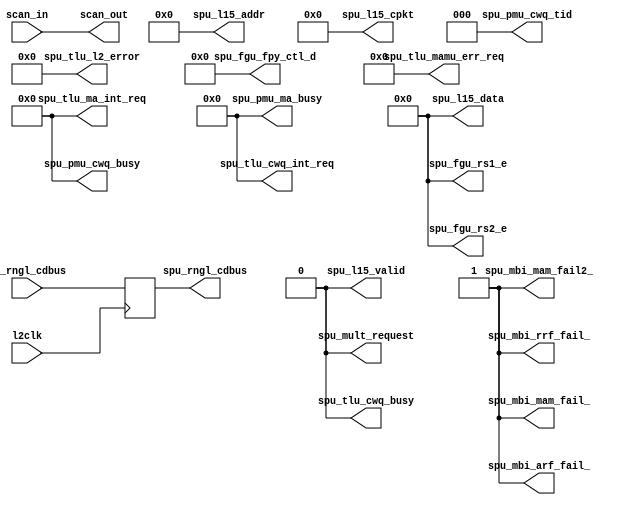
// ========== Copyright Header Begin ==========================================
// 
// OpenSPARC T2 Processor File: spu.v
// Copyright (C) 1995-2007 Sun Microsystems, Inc. All Rights Reserved
// 4150 Network Circle, Santa Clara, California 95054, U.S.A.
//
// * DO NOT ALTER OR REMOVE COPYRIGHT NOTICES OR THIS FILE HEADER. 
//
// This program is free software; you can redistribute it and/or modify
// it under the terms of the GNU General Public License as published by
// the Free Software Foundation; version 2 of the License.
//
// This program is distributed in the hope that it will be useful,
// but WITHOUT ANY WARRANTY; without even the implied warranty of
// MERCHANTABILITY or FITNESS FOR A PARTICULAR PURPOSE.  See the
// GNU General Public License for more details.
//
// You should have received a copy of the GNU General Public License
// along with this program; if not, write to the Free Software
// Foundation, Inc., 59 Temple Place, Suite 330, Boston, MA  02111-1307  USA
// 
// For the avoidance of doubt, and except that if any non-GPL license 
// choice is available it will apply instead, Sun elects to use only 
// the General Public License version 2 (GPLv2) at this time for any 
// software where a choice of GPL license versions is made 
// available with the language indicating that GPLv2 or any later version 
// may be used, or where a choice of which version of the GPL is applied is 
// otherwise unspecified. 
//
// Please contact Sun Microsystems, Inc., 4150 Network Circle, Santa Clara, 
// CA 95054 USA or visit www.sun.com if you need additional information or 
// have any questions. 
// 
// ========== Copyright Header End ============================================
module spu (
  scan_in, 
  scan_out, 
  l2clk,
  in_rngl_cdbus, 

  spu_mbi_mam_fail_, 
  spu_mbi_mam_fail2_, 
  spu_mbi_arf_fail_, 
  spu_mbi_rrf_fail_, 
  spu_rngl_cdbus, 
  spu_l15_valid, 
  spu_l15_addr, 
  spu_l15_cpkt, 
  spu_l15_data, 
  spu_mult_request, 
  spu_fgu_rs1_e, 
  spu_fgu_rs2_e, 
  spu_fgu_fpy_ctl_d, 
  spu_pmu_cwq_busy, 
  spu_pmu_cwq_tid, 
  spu_pmu_ma_busy, 
  spu_tlu_cwq_busy, 
  spu_tlu_cwq_int_req, 
  spu_tlu_ma_int_req, 
  spu_tlu_mamu_err_req, 
  spu_tlu_l2_error);

input 		scan_in;
output		scan_out;
input		l2clk;

input  [64:0]	in_rngl_cdbus;			// ASI Ring
						//   64:0, 65 bit control/data bus coming from the ring
						//   64    - ctl/data            
						//   63    - valid/hole          
						//   62    - ack            
						//   61:60 - 00-ASI, 01-ASR, 10-PR, 11-HPR          
						//   59    - rd/wrx              
						//   58:56 - Thread ID           
						//   55:48 - ASI field           
						//   47:0  - Virtual Address    

output		spu_mbi_mam_fail_; 		// MBIST MAM comparator output bits 63:0
output		spu_mbi_mam_fail2_; 		// MBIST MAM comparator output bits 71:64
output		spu_mbi_arf_fail_;		// MBIST ARF comparator
output		spu_mbi_rrf_fail_;		// MBIST RRF comparator

output [64:0]	spu_rngl_cdbus;			// ASI Ring

output		spu_l15_valid;			// To L1.5 : Valid Control/Data
output [38:3]	spu_l15_addr;			// To L1.5 : Address
output [12:0]	spu_l15_cpkt;			// To L1.5 : Control portion of PCX packet
output [63:0]	spu_l15_data;			// To L1.5 : Store data

output		spu_mult_request;		// To FGU  : Multiply Request
output [63:0]	spu_fgu_rs1_e;			// To FGU  : Multiply RS1
output [63:0]	spu_fgu_rs2_e;			// To FGU  : Multiply RS2
output [6:0]	spu_fgu_fpy_ctl_d;		// To FGU  : SPU control bus for crypto multiply ops

output [4:0]	spu_pmu_cwq_busy;		// To PMU  : CWQ busy {rc4,hash,des,crc,aes}
output [2:0]	spu_pmu_cwq_tid;		// To PMU  : CWQ tid
output [3:0]	spu_pmu_ma_busy;		// To PMU  : Ma  busy

output		spu_tlu_cwq_busy;		// To TLU  : Prevents core from parking
output [3:0]	spu_tlu_cwq_int_req;		// To TLU  : [3] == valid; [2:0] == TID;
output [4:0]	spu_tlu_ma_int_req;		// To TLU  : Int req when MA op completes {4 -  error; 3 - req valid; 2:0 - TID}
output [10:0]	spu_tlu_mamu_err_req;		// was: 14 - valid; 13:11 - TID; 10 - ma port; 9:8 - syndrome; 7:0 - MA index
						// now: share 14..11 with tlu_ma_int_req; bits 10:0 stay the same
output [5:0]	spu_tlu_l2_error;		// To TLU  : L2 Error reporting : {MAL2C,MAL2U,MAL2ND,CWQL2C,CWQL2U,CWQL2ND}


//----- this module is blackboxed.

   assign 	scan_out = scan_in;        // SCAN
   
   assign 	spu_mbi_arf_fail_=1'b1;    // MBIST
   assign 	spu_mbi_mam_fail2_=1'b1;   // MBIST
   assign 	spu_mbi_mam_fail_=1'b1;    // MBIST
   assign 	spu_mbi_rrf_fail_=1'b1;    // MBIST
   
   reg [64:0] 	in_rngl_cdbus_d1;          // ASI ring
   reg [64:0] 	in_rngl_cdbus_d2;          // ASI ring

//nasim
`ifdef OPENSPARC_CMP
   reg l2clk_nba;
   always @(l2clk) l2clk_nba <= l2clk;
   always @(l2clk_nba)
`else
   always @(posedge l2clk)
`endif
     begin
	in_rngl_cdbus_d1=in_rngl_cdbus;
	in_rngl_cdbus_d2=in_rngl_cdbus_d1;
     end	

   assign spu_rngl_cdbus=in_rngl_cdbus_d2; // ASI ring

   assign spu_mult_request=1'b0;	// To FGU  : Multiply Request
   assign spu_fgu_rs1_e=64'b0;	 	// To FGU  : Multiply RS1
   assign spu_fgu_rs2_e=64'b0;	 	// To FGU  : Multiply RS2
   assign spu_fgu_fpy_ctl_d=7'b0;	// To FGU  : SPU control bus for crypto multiply ops

   assign spu_l15_valid=1'b0;		// To L1.5 : Valid Control/Data
   assign spu_l15_addr[38:3] =36'b0;		// To L1.5 : Address
   assign spu_l15_data=64'b0;		// To L1.5 : Store data
   assign spu_l15_cpkt=13'b0;		// To L1.5 : Control portion of PCX packet
   
   assign spu_pmu_cwq_tid=3'b0;		// To PMU  : CWQ tid
   assign spu_pmu_ma_busy=4'b0;		// To PMU  : Ma  busy
   assign spu_pmu_cwq_busy=5'b0;	// To PMU  : CWQ busy {rc4,hash,des,crc,aes}

   assign spu_tlu_cwq_busy=1'b0;	// To TLU  : Prevents core from parking
   assign spu_tlu_mamu_err_req=11'b0;	// was: 14 - valid; 13:11 - TID; 10 - ma port; 9:8 - syndrome; 7:0 - MA index
   assign spu_tlu_cwq_int_req=4'b0;	// To TLU  : [3] == valid; [2:0] == TID;
   assign spu_tlu_ma_int_req=5'b0;	// To TLU  : Int req when MA op completes {4 -  error; 3 - req valid; 2:0 - TID}
   assign spu_tlu_l2_error=6'b0;	// To TLU  : L2 Error reporting : {MAL2C,MAL2U,MAL2ND,CWQL2C,CWQL2U,CWQL2ND}
   
endmodule